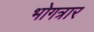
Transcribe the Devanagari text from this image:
भोगत्रार